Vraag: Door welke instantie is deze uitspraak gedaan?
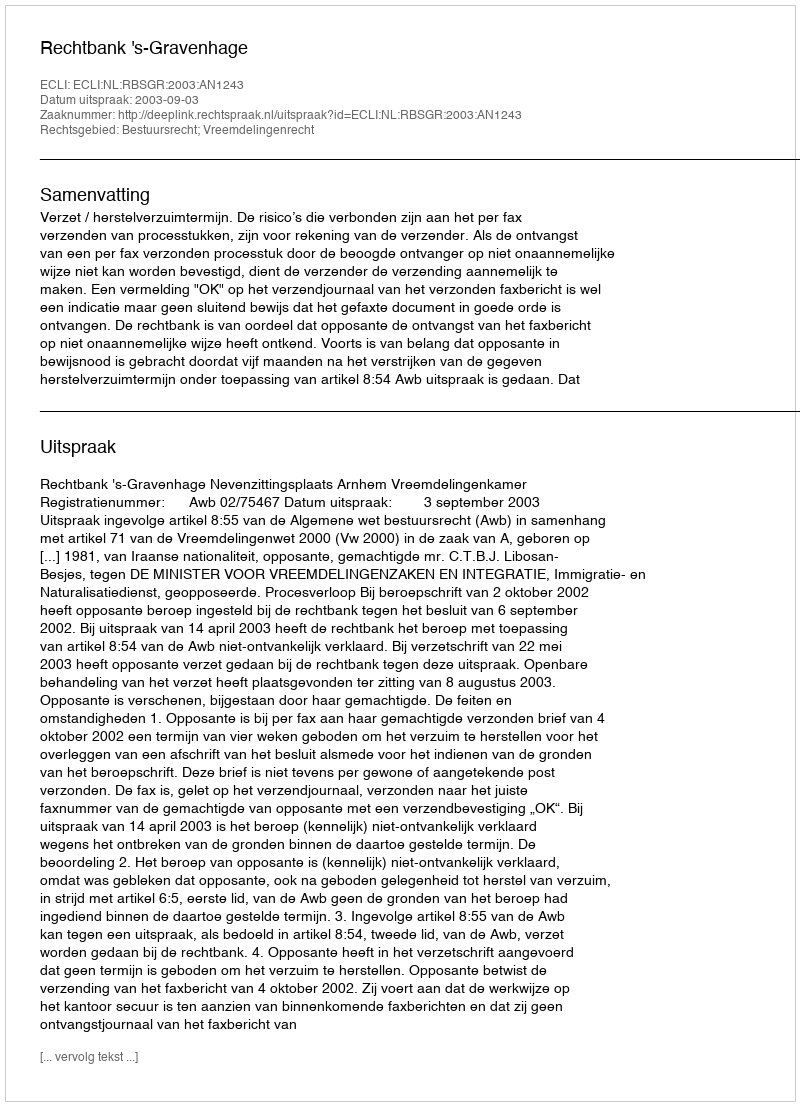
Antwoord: Rechtbank 's-Gravenhage